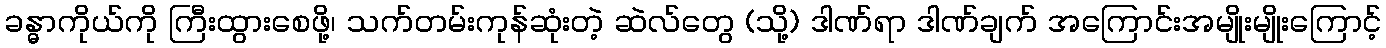
ခန္ဓာကိုယ်ကို ကြီးထွားစေဖို့၊ သက်တမ်းကုန်ဆုံးတဲ့ ဆဲလ်တွေ (သို့) ဒါဏ်ရာ ဒါဏ်ချက် အကြောင်းအမျိုးမျိုးကြောင့်